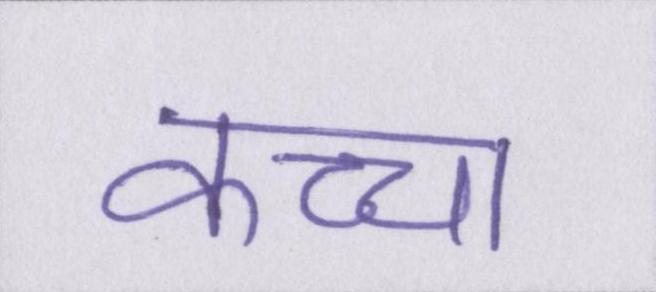
कच्चा